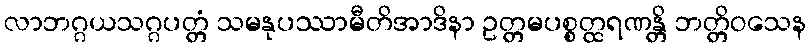
လာဘဂ္ဂယသဂ္ဂပတ္တံ သမနုပဿာမီတိအာဒိနာ ဥတ္တမပစ္စတ္ထရဏန္တိ ဘတ္တိဝသေန